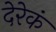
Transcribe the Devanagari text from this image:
देरेकं